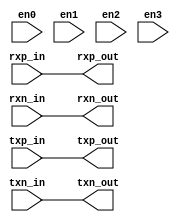
module pcie_bury(rxp_in,
		 rxn_in,
                 txp_in,
                 txn_in,
                 rxp_out,
		 rxn_out,
                 txp_out,
                 txn_out,
                 en0,
                 en1,
                 en2,
                 en3
);

    parameter WIDTH = 8;

    input [WIDTH-1:0] rxp_in;
    input [WIDTH-1:0] rxn_in;
    input [WIDTH-1:0] txp_in;
    input [WIDTH-1:0] txn_in;

    input       en0;
    input       en1;
    input       en2;
    input       en3;   
   
    output [WIDTH-1:0] rxp_out; 
    output [WIDTH-1:0] rxn_out; 
    output [WIDTH-1:0] txp_out; 
    output [WIDTH-1:0] txn_out;
   
    assign rxp_out = rxp_in;
    assign rxn_out = rxn_in;
    assign txp_out = txp_in;
    assign txn_out = txn_in;

endmodule